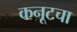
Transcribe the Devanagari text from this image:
कनूटचा